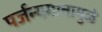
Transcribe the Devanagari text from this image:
पर्जन्यमानामुळे